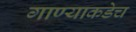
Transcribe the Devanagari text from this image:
गाण्याकडेच